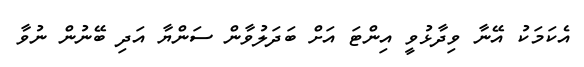
އެކަމަކު އޭނާ ވިދާޅުވީ އިންޓަ އަށް ބަދަލުވާން ސަންޔާ އަދި ބޭނުން ނުވާ